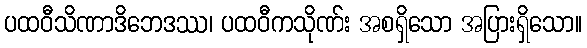
ပထဝီသိဏာဒိဘေဒဿ၊ ပထဝီကသိုဏ်း အစရှိသော အပြားရှိသော။